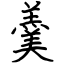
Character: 羹